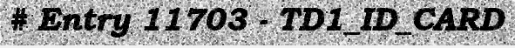
# Entry 11703 - TD1_ID_CARD